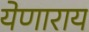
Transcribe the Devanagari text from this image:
येणाराय